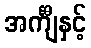
အင်္ကျီနှင့်